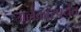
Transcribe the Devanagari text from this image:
अलंकारपर्यंत